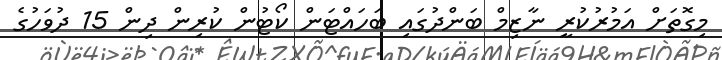
މިގޮތަށް އަމުރުކުރީ ނާޒިމް ބަންދުގައި ބަހައްޓަން ކޯޓުން ކުރިން ދިން 15 ދުވަހުގެ